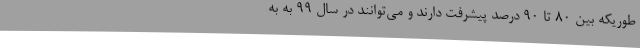
طوریکه بین 80 تا 90 درصد پیشرفت دارند و می‌توانند در سال 99 به به